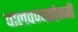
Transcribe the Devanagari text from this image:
चालवण्याऐवजी